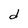
Character: d